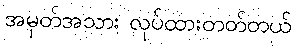
အမှတ်အသား လုပ်ထားတတ်တယ်